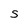
Character: S